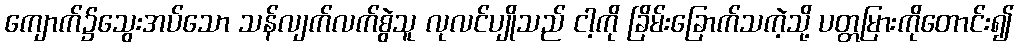
ကျောက်၌သွေးအပ်သော သန်လျက်လက်စွဲသူ လုလင်ပျိုသည် ငါ့ကို ခြိမ်းခြောက်သကဲ့သို့ ပတ္တမြားကိုတောင်း၍